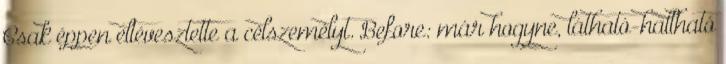
Csak éppen eltévesztette a célszemélyt. Before: már hogyne, látható-hallható